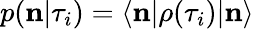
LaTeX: p(\textbf{n}|\tau_{i})=\langle\textbf{n}|\rho(\tau_{i})|\textbf{n}\rangle